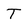
Character: T